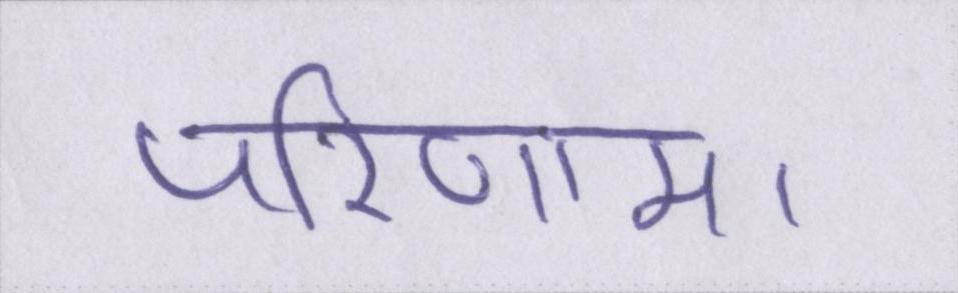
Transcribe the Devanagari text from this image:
परिणाम।